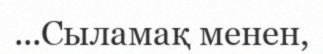
...Сыламақ менен,